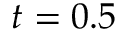
t = 0 . 5